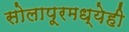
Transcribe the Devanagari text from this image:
सोलापूरमध्येही